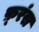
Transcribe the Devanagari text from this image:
फ़्रंस